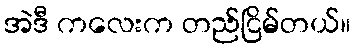
အဲဒီ ကလေးက တည်ငြိမ်တယ်။